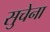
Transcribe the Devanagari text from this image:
सुचेना